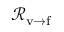
{ \mathcal { R } } _ { \mathrm { v \rightarrow f } }